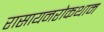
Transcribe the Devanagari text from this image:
रासायनरोकथाम